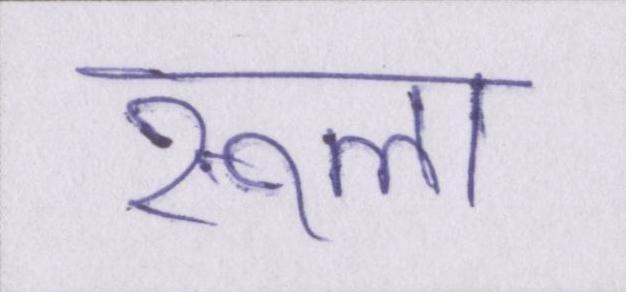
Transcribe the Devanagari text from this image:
रूला